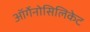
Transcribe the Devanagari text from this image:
ऑर्गेनोसिलिकेट